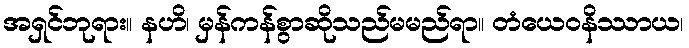
အရှင်ဘုရား။ နဟိ၊ မှန်ကန်စွာဆိုသည်မမည်ရာ။ တံယေဝနိဿာယ၊